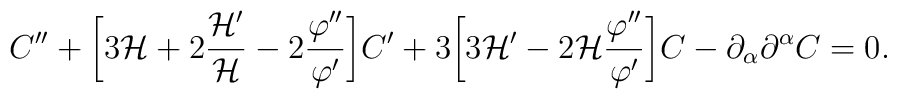
C'' + \biggl[ 3 {\cal H} + 2 \frac{{\cal H}'}{\cal H} - 2 \frac{\varphi''}{\varphi'}\biggr]C' + 3\biggl[3 {\cal H}'  - 2{\cal H}\frac{\varphi''}{\varphi'}\biggr] C - \partial_{\alpha} \partial^{\alpha} C =0.